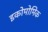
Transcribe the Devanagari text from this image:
इकोमोमिक